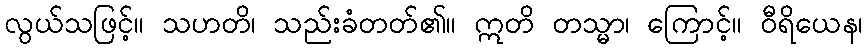
လွယ်သဖြင့်။ သဟတိ၊ သည်းခံတတ်၏။ ဣတိ တသ္မာ၊ ကြောင့်။ ဝီရိယေန၊